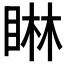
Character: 𪾭